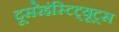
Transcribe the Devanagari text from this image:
दूसरेइंस्टिट्यूट्स